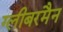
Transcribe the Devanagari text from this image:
ग्लीबरमैन